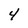
Character: 4